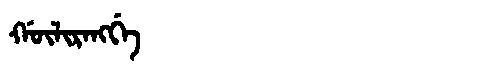
Manchu: ᡤᡡᠯᡳᡵᠠᠩᡤᡝ
Romanization: GŪLIRANGGE